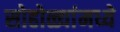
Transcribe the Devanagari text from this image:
सोहोळ्यांमध्ये